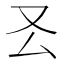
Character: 𠬟